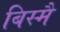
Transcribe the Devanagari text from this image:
बिस्मै